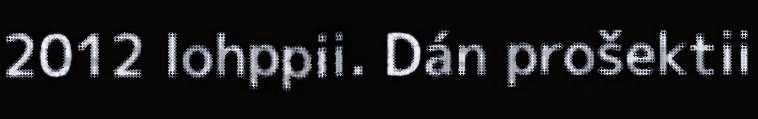
2012 lohppii. Dán prošektii